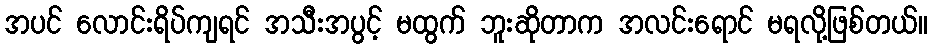
အပင် လောင်းရိပ်ကျရင် အသီးအပွင့် မထွက် ဘူးဆိုတာက အလင်းရောင် မရလို့ဖြစ်တယ်။